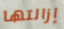
إزالتها